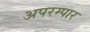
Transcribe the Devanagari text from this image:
अपरम्पार